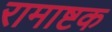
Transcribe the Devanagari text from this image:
रामाष्टक